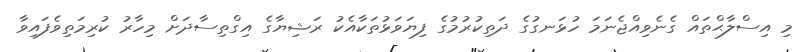
މި އިސްލާޙްތައް ގެނެވިއްޖެނަމަ ހުޅަނގުގެ ދަތިކުރުމުގެ ފިޔަވަޅުތަކާއެކު ރަޝިޔާގެ އިގްތިސާދަށް މިހާރު ކުރިމަތިވެފައިވާ